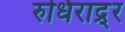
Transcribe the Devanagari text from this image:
रुधिराद्र्र